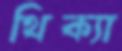
থিক্যা